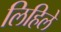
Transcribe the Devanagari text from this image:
लिहिलेे